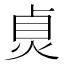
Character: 𤈱